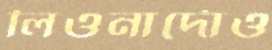
লিওনার্দোও